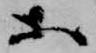
等